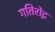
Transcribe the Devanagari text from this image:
गतिरोद्ग